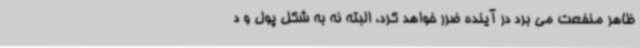
ظاهر منفعت می برد در آینده ضرر خواهد کرد، البته نه به شکل پول و د